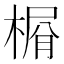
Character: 𣕋